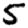
Digit: 5